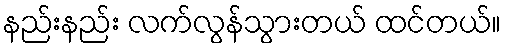
နည်းနည်း လက်လွန်သွားတယ် ထင်တယ်။